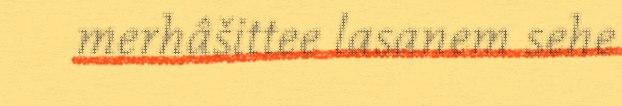
merhâšittee lasanem sehe